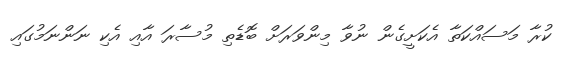
ކުރާ މަސައްކަތާ އެކަށީގެން ނުވާ މިންވަރަށް ބޮޑެތި މުސާރަ އާއި އެކި ނަންނަމުގައި